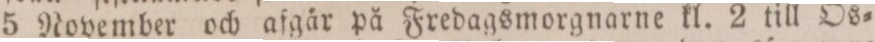
5 November och afgår på Fredagsmorgnarne kl. 2 till Os=